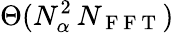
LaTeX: \Theta(N_{\alpha}^{2}\, N_{\mathrm{~F~F~T~}})